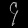
Digit: ၄